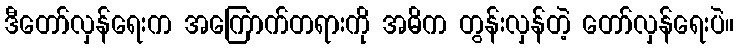
ဒီတော်လှန်ရေးက အကြောက်တရားကို အဓိက တွန်းလှန်တဲ့ တော်လှန်ရေးပဲ။